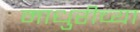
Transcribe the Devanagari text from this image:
माधुरीच्या